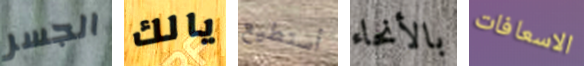
الجسر يالك أستطيع بالأنحاء الاسعافات